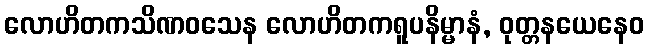
လောဟိတကသိဏဝသေန လောဟိတကရူပနိမ္မာနံ, ဝုတ္တနယေနေဝ